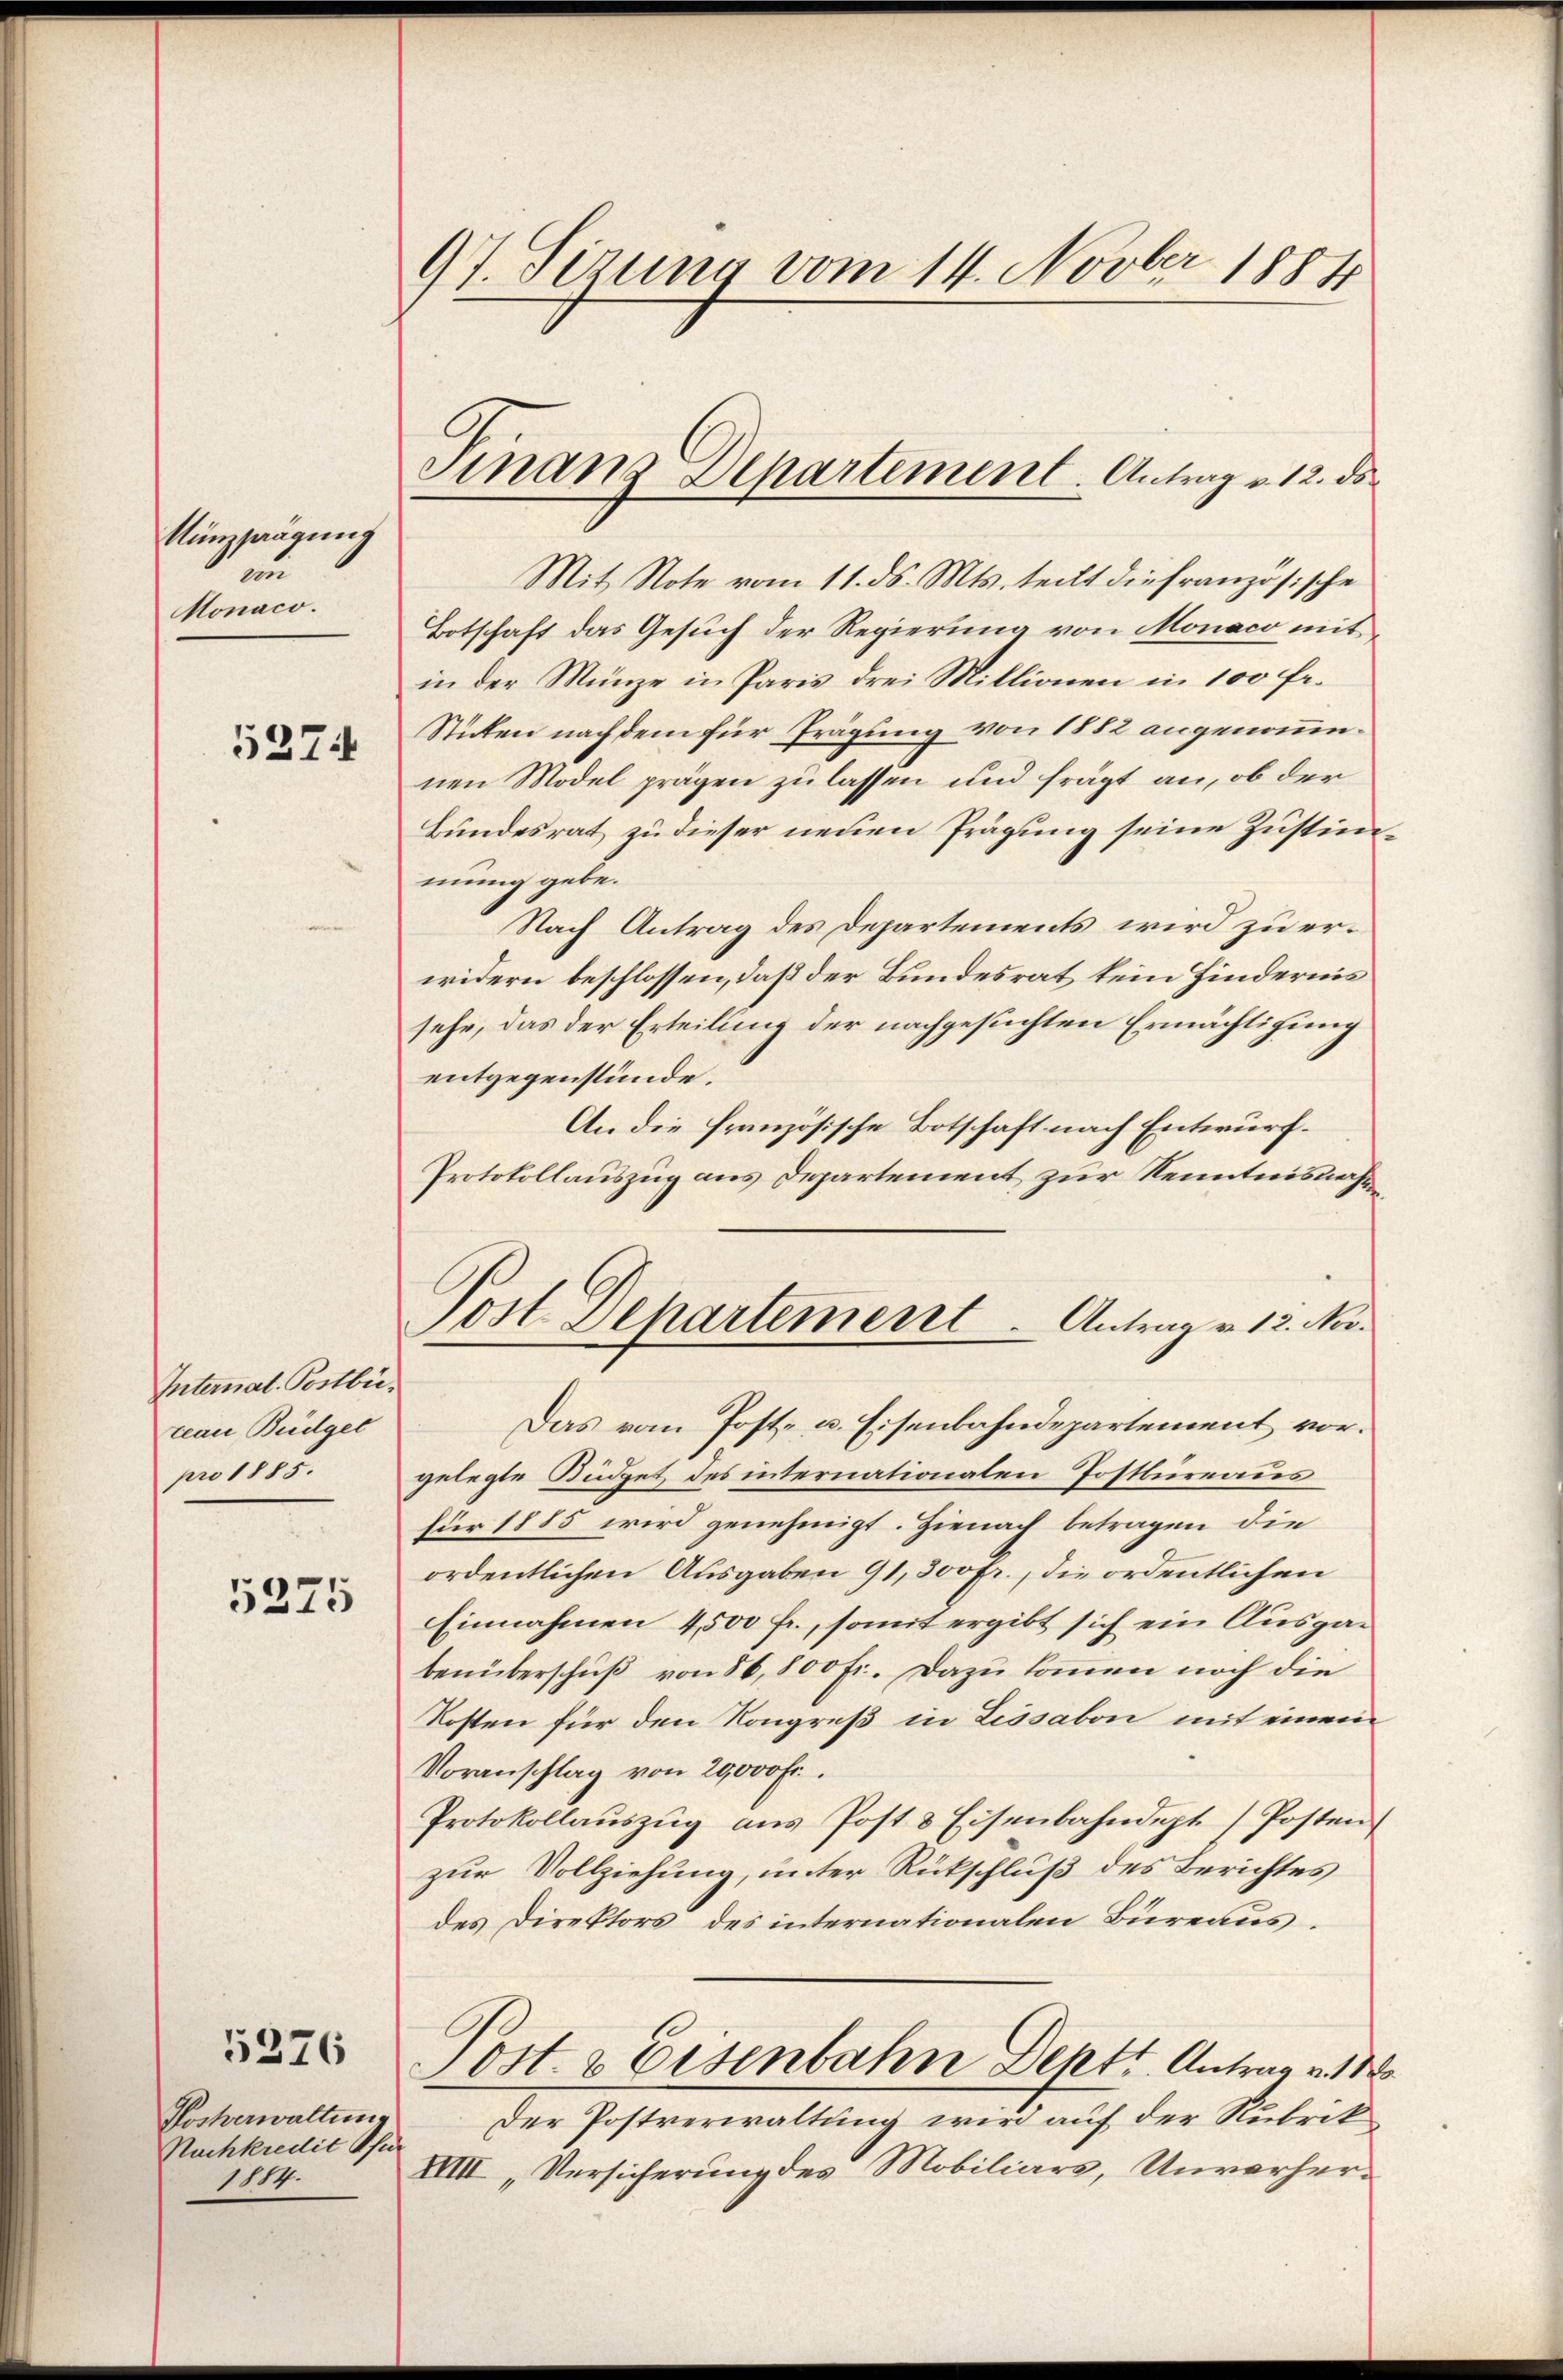
Minzprägung
un
Monaco.

5274

Internat. Postbecean Büdget
pro 1885.

5275

5376

Pockerwaltung
Nachkredit Pfu
1884.

97. Sizung vom 14. Novber 1884

Finanz-Departement. Antrag v. 12. ds.

Mit Note vom 11. ds. Mts. teilt die französische
Botschaft das Gesuch der Regierung von Monaco mit
in der Münze in Paris drei Millionen in 100 fr.
Sticken nachdem für Trägung von 1882 angenommnen Model prägen zu lassen und frägt an, ob der
Bundesrat zu dieser neuen Prägung seine Zustimmmung gebe.
Nach Antrag des Departements wird zu erwidern beschlossen, daß der Bundesrat kein Hindernis
sehe, das der Erteilung der nachgesuchten Ermächtigung
entgegenstünde.
An die französische Botschaft nach Entwurf.
Protokollauszug aus Departement zur Kenntnisnahmen
Post Departement  .   Antrag v. 12. Nov.
Das vom Post- u. Eisenbahndepartement vorgelegte Büdget des internationalen Postbureaus
für 1885 wird genehmigt. Hienach betragen die
ordentlichen Ausgaben 91, 300fr., die ordentlichen
Einnahmen 4,500 fr., somit ergibt sich ein Ausgabenüberschuß von 56,800 fr. Dazu kommen noch die
Kosten für den Kongreß in Lissabon mit einem
Voranschlag von 20000 Fr.
Protokollaŭszŭg ans Post 3 Eisenbahndept/ Posten
zur Vollziehung, unter Rückschluß des Berichtes
des Direktors des internationalen Büreaus.
Post- & Eisenbahn Dent. Antrag v. 1
Der Postverwaltung wird auf der Rubrik
XVIII „Versicherung des Mobiliars, Unverher¬